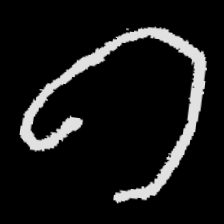
Pyu character \u2014 Myanmar letter: ဂ (romanized: ga)